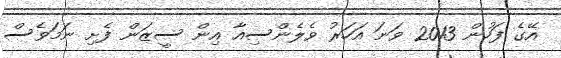
އޭގެ ފަހުން 2013 ވަނަ އަހަރު ވެލެންސިއާ އިން ސީޒަން ފެށި ނަމަވެސް